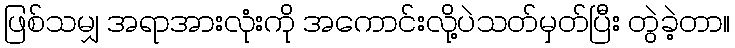
ဖြစ်သမျှ အရာအားလုံးကို အကောင်းလို့ပဲသတ်မှတ်ပြီး တွဲခဲ့တာ။